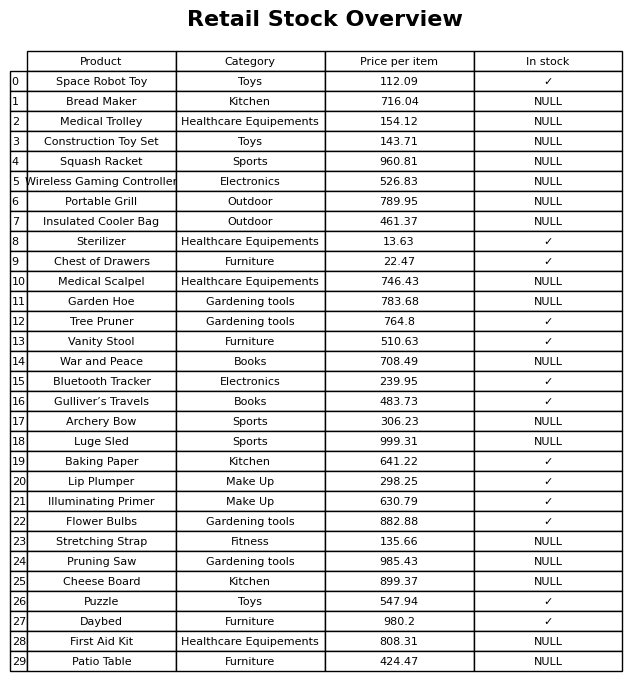
question: What is the price for Portable Grill?
answer: The price of Portable Grill is 789.95.